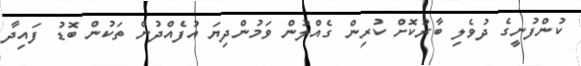
ކުންފުނީގެ ދުވެލި ބާރުކޮށް ކުރިން ގެއްލުން ވަމުންދިޔަ އުފެއްދުން ތަކުން ބޮޑު ފައިދާ